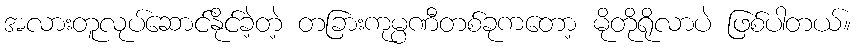
အလားတူလုပ်ဆောင်နိုင်ခဲ့တဲ့ တခြားကုမ္ပဏီတစ်ခုကတော့ မိုတိုရိုလာပဲ ဖြစ်ပါတယ်။